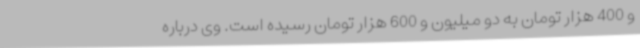
و 400 هزار تومان به دو میلیون و 600 هزار تومان رسیده است. وی درباره